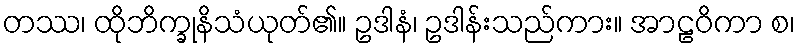
တဿ၊ ထိုဘိက္ခုနိသံယုတ်၏။ ဥဒါနံ၊ ဥဒါန်းသည်ကား။ အာဠဝိကာ စ၊